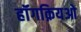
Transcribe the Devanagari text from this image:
हॉंगक़ियओ